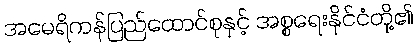
အမေရိကန်ပြည်ထောင်စုနှင့် အစ္စရေးနိုင်ငံတို့၏